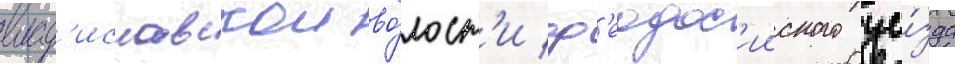
влад'иславскои во́лост'и ф'еодос'ииского уе́зда